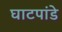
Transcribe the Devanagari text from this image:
घाटपांडे